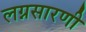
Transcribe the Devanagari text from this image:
लग्नसारणी